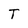
Character: T